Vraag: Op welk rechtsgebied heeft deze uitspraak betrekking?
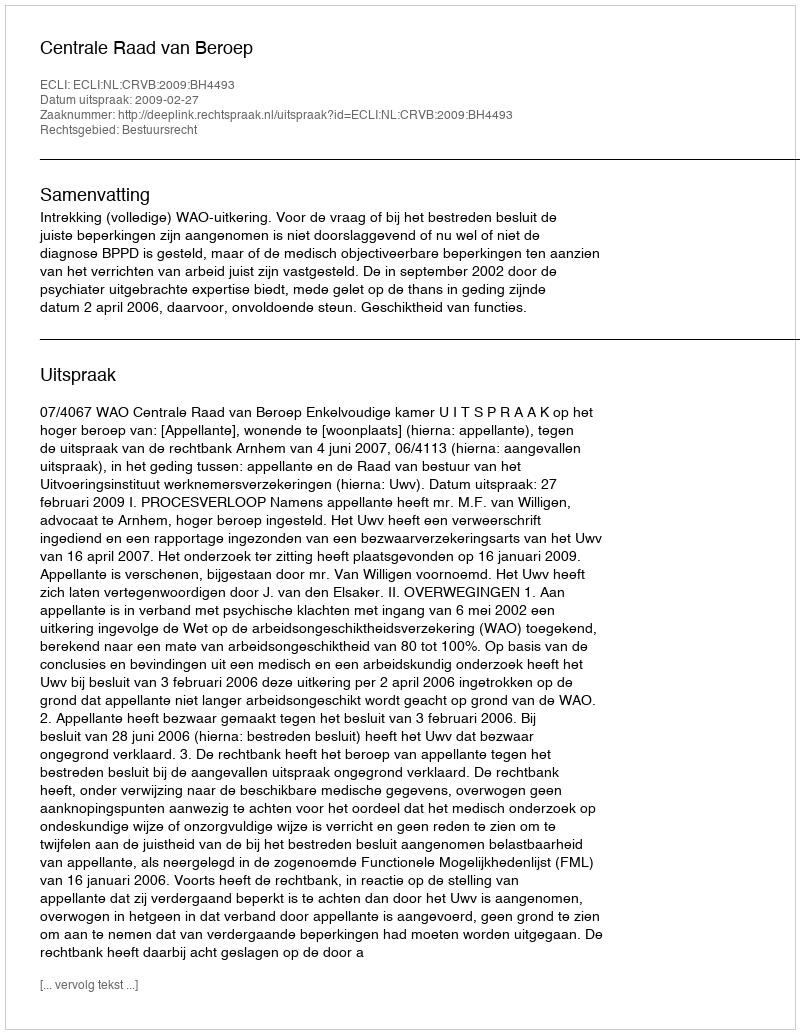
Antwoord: Bestuursrecht